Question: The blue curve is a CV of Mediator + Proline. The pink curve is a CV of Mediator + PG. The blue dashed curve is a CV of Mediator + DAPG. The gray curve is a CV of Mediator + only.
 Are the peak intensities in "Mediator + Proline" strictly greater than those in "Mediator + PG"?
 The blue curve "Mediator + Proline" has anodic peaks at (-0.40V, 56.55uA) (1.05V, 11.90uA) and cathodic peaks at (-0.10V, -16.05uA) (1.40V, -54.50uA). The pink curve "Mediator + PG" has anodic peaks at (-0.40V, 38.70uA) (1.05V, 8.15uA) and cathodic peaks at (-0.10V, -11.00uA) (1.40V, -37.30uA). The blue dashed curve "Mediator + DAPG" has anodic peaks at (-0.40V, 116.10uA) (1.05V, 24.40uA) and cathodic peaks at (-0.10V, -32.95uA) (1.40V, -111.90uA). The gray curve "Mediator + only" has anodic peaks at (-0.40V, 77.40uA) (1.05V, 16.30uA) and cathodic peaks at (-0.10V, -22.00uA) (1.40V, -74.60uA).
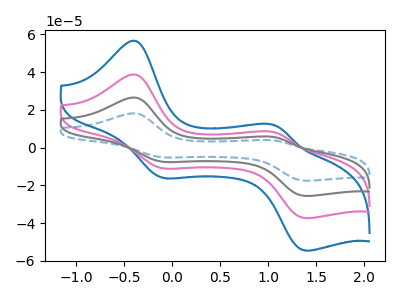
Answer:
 <answer>Every peak in "Mediator + Proline" is higher than every peak in "Mediator + PG".</answer>
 <eval>higher</eval>